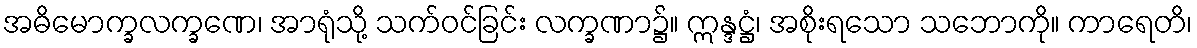
အဓိမောက္ခလက္ခဏေ၊ အာရုံသို့ သက်ဝင်ခြင်း လက္ခဏာ၌။ ဣန္ဒဋ္ဌံ၊ အစိုးရသော သဘောကို။ ကာရေတိ၊